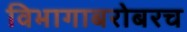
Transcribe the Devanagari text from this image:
विभागाबरोबरच